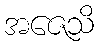
အဇေသိ